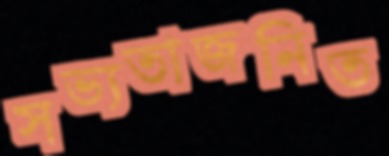
সভ্যতাজনিত